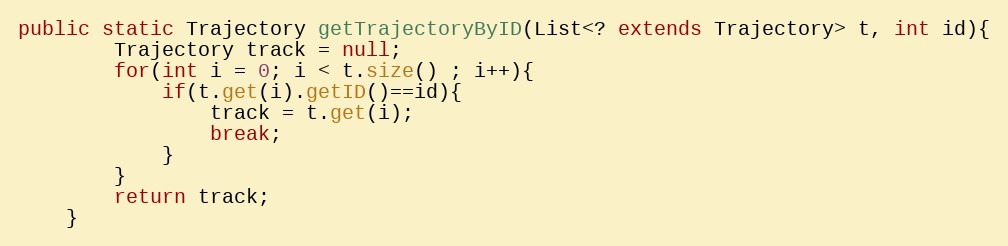
Language: Java
public static Trajectory getTrajectoryByID(List<? extends Trajectory> t, int id){
		Trajectory track = null;
		for(int i = 0; i < t.size() ; i++){
			if(t.get(i).getID()==id){
				track = t.get(i);
				break;
			}
		}
		return track;
	}